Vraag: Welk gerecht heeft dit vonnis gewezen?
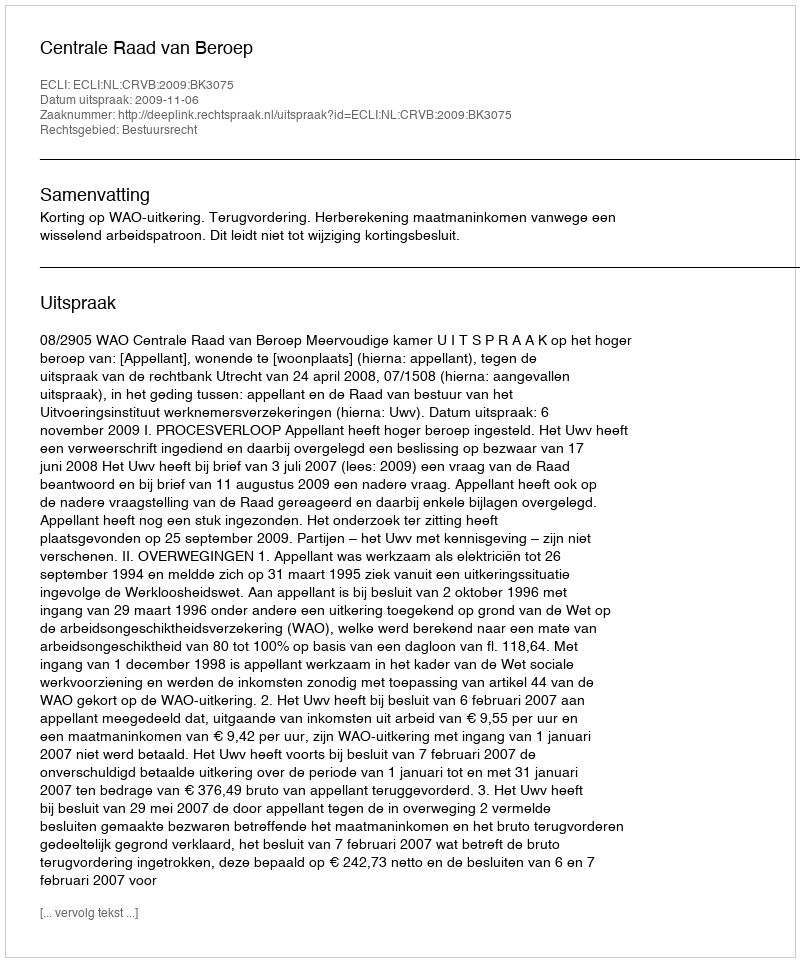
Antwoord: Centrale Raad van Beroep